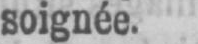
soignée.